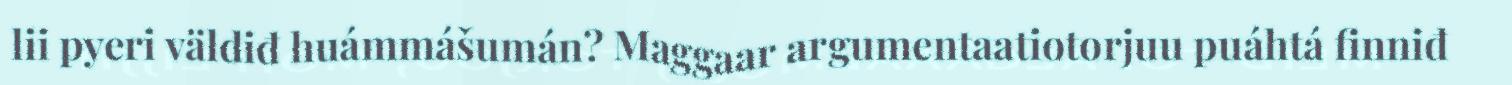
lii pyeri väldiđ huámmášumán? Maggaar argumentaatiotorjuu puáhtá finniđ